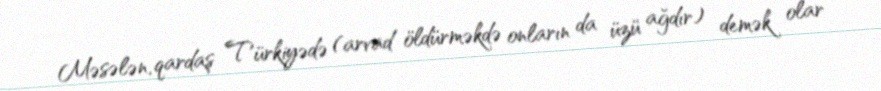
Məsələn, qardaş Türkiyədə (arvad öldürməkdə onların da üzü ağdır) demək olar